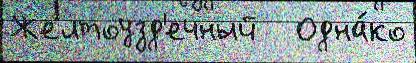
Желтоузд'ечный   Одна́ко